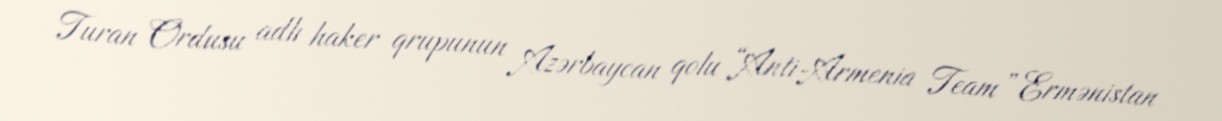
Turan Ordusu adlı haker qrupunun Azərbaycan qolu “Anti-Armenia Team” Ermənistan